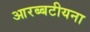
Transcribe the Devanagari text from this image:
आरब्बटीयना